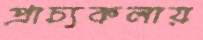
প্রাচ্যকলায়